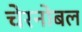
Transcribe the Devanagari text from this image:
चेरनोबल